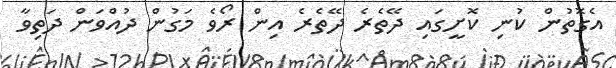
އެގޮތުން ކުނި ކޮށީގައި ދޭތެރެ ދޭތެރެ އިން ރޯވެ މަގުން ދުއްވަން ދަތިވާ